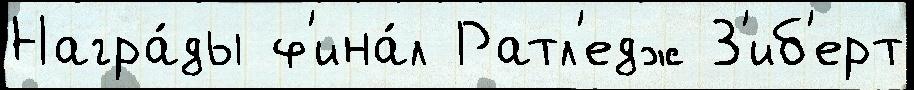
Награ́ды ф'ина́л Ратл'едж З'иб'ерт